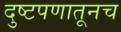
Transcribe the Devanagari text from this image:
दुष्टपणातूनच